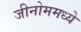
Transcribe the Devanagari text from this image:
जीनोममध्ये